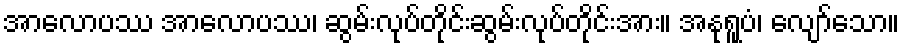
အာလောပဿ အာလောပဿ၊ ဆွမ်းလုပ်တိုင်းဆွမ်းလုပ်တိုင်းအား။ အနုရူပံ၊ လျော်သော။